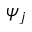
\psi _ { j }